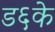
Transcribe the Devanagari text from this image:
ड६के